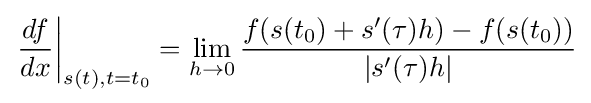
\left.{\frac {df}{dx}}\right|_{s(t),t=t_{0}}=\lim _{h\to 0}{\frac {f(s(t_{0})+s'(\tau )h)-f(s(t_{0}))}{|s'(\tau )h|}}